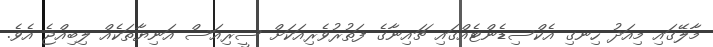
މާލޭގައި މިއަދު ހިނގި އެކްސިޑެންޓެއްގައި ޗައިނާގެ ފަތުރުވެރިއަކަށް ސީރިއަސް އަނިޔާތަކެއް ލިބިއްޖެ އެވެ.